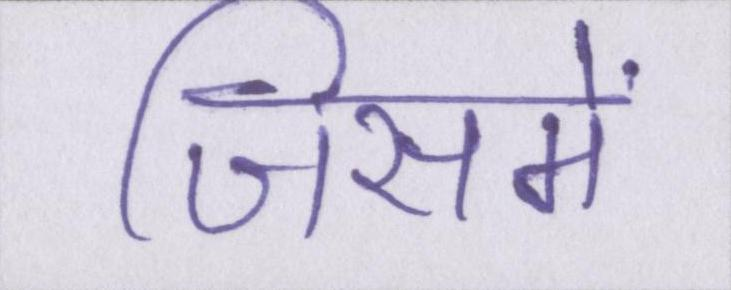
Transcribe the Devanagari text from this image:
जिसमें